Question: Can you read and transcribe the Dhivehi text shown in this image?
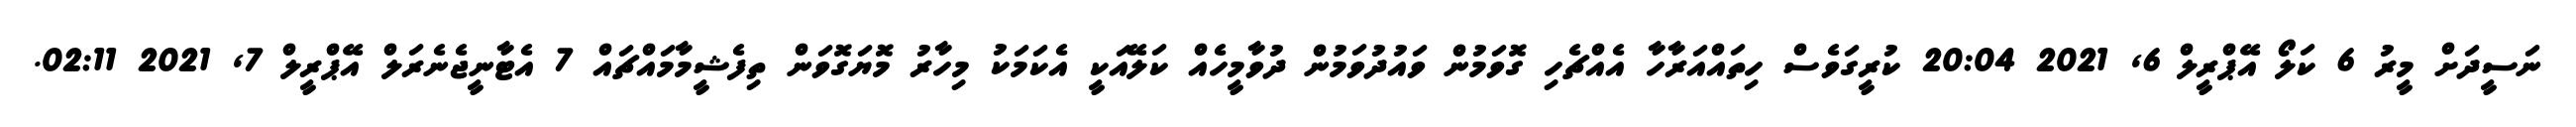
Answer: ނަސީދަށް މީރު 6 ކަލޯ އޭޕްރީލް 6, 2021 20:04 ކުރީގަވެސް ހިތައްއަރާހާ އެއްޗެހި ގޮވަމުން ވައުދުވަމުން ދުވާމީހެއް ކަލޭއަކީ އެކަމަކު މިހާރު މޮޔަގޮވަން ތިފެޝީމާމައްޗައް 7 އެޓާނީޖެނެރަލް އޭޕްރީލް 7, 2021 02:11.